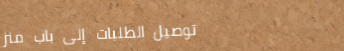
توصيل الطلبات إلى باب منز